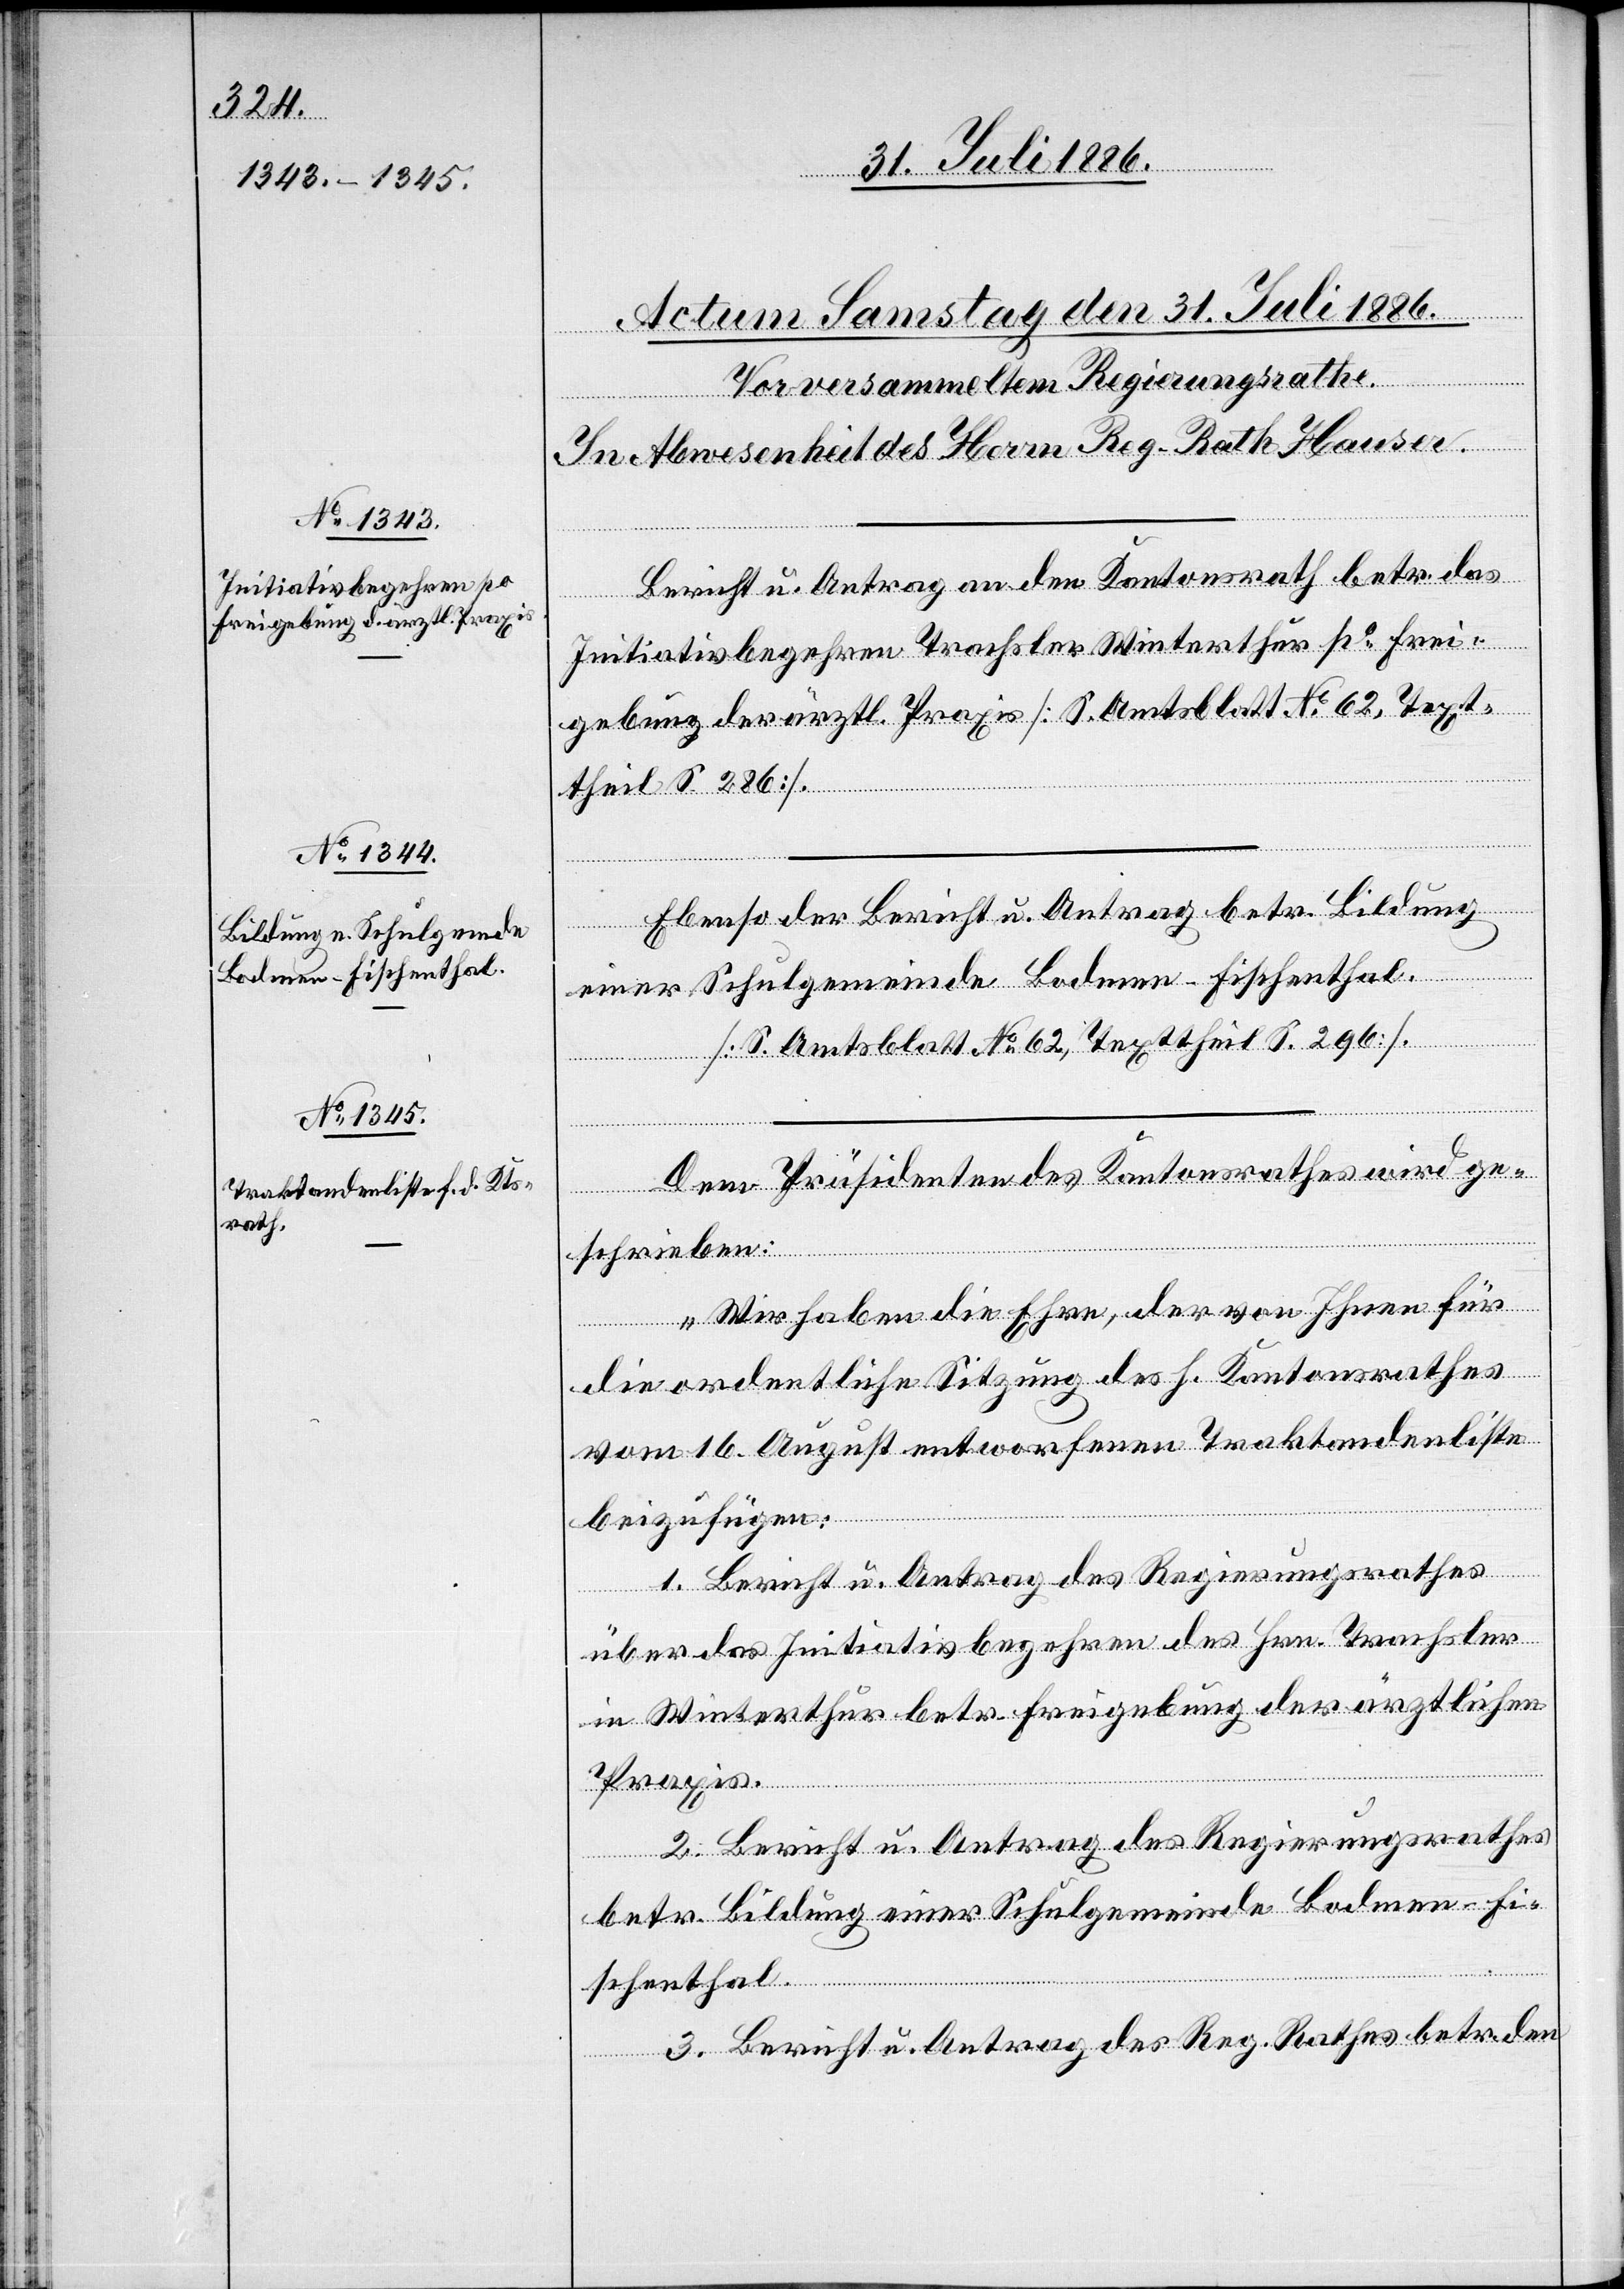
Bericht u. Antrag an den Kantonsrath betr. das
Initiativbegehren Trachsler Winterthur po Frei¬
gebung der ärztl. Praxis [S. Amtsblatt No 62, Text¬
theil S. 286].
Ebenso der Bericht u. Antrag betr. Bildung
einer Schulgemeinde Bodmen - Fischenthal.
[S. Amtsblatt No 62, Texttheil S. 296].
Dem Präsidenten des Kantonsrathes wird ge¬
schrieben:
„Wir haben die Ehre, der von Ihnen für
die ordentliche Sitzung des h. Kantonsrathes
vom 16. August entworfenen Traktandenliste
beizufügen:
1. Bericht u. Antrag des Regierungsrathes
über das Initiativbegehren des Hrn. Trachsler
in Winterthur betr. Freigebung der ärztlichen
Praxis.
2. Bericht u. Antrag des Regierungsrathes
betr. Bildung einer Schulgemeinde Bodmen - Fi¬
schenthal.
3. Bericht u. Antrag des Reg. Rathes betr. den